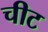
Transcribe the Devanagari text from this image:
चीट